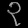
Digit: ၃